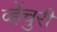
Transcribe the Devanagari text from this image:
व्हेंचुरी